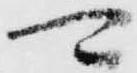
可